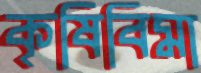
কৃষিবিমা